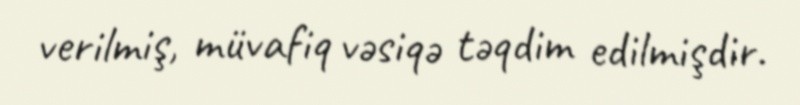
verilmiş, müvafiq vəsiqə təqdim edilmişdir.